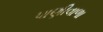
પાણીવાળા